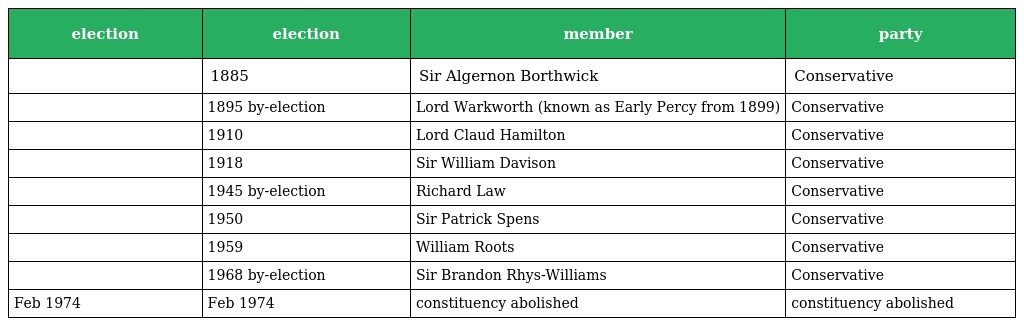
| election | election | member | party |
 | --- | --- | --- | --- |
 |  | 1885 | Sir Algernon Borthwick | Conservative |
 |  | 1895 by-election | Lord Warkworth (known as Early Percy from 1899) | Conservative |
 |  | 1910 | Lord Claud Hamilton | Conservative |
 |  | 1918 | Sir William Davison | Conservative |
 |  | 1945 by-election | Richard Law | Conservative |
 |  | 1950 | Sir Patrick Spens | Conservative |
 |  | 1959 | William Roots | Conservative |
 |  | 1968 by-election | Sir Brandon Rhys-Williams | Conservative |
 | Feb 1974 | Feb 1974 | constituency abolished | constituency abolished |